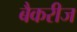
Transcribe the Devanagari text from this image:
बैकरीज